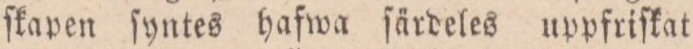
ſkapen ſyntes hafwa ſärdeles uppfriſkat